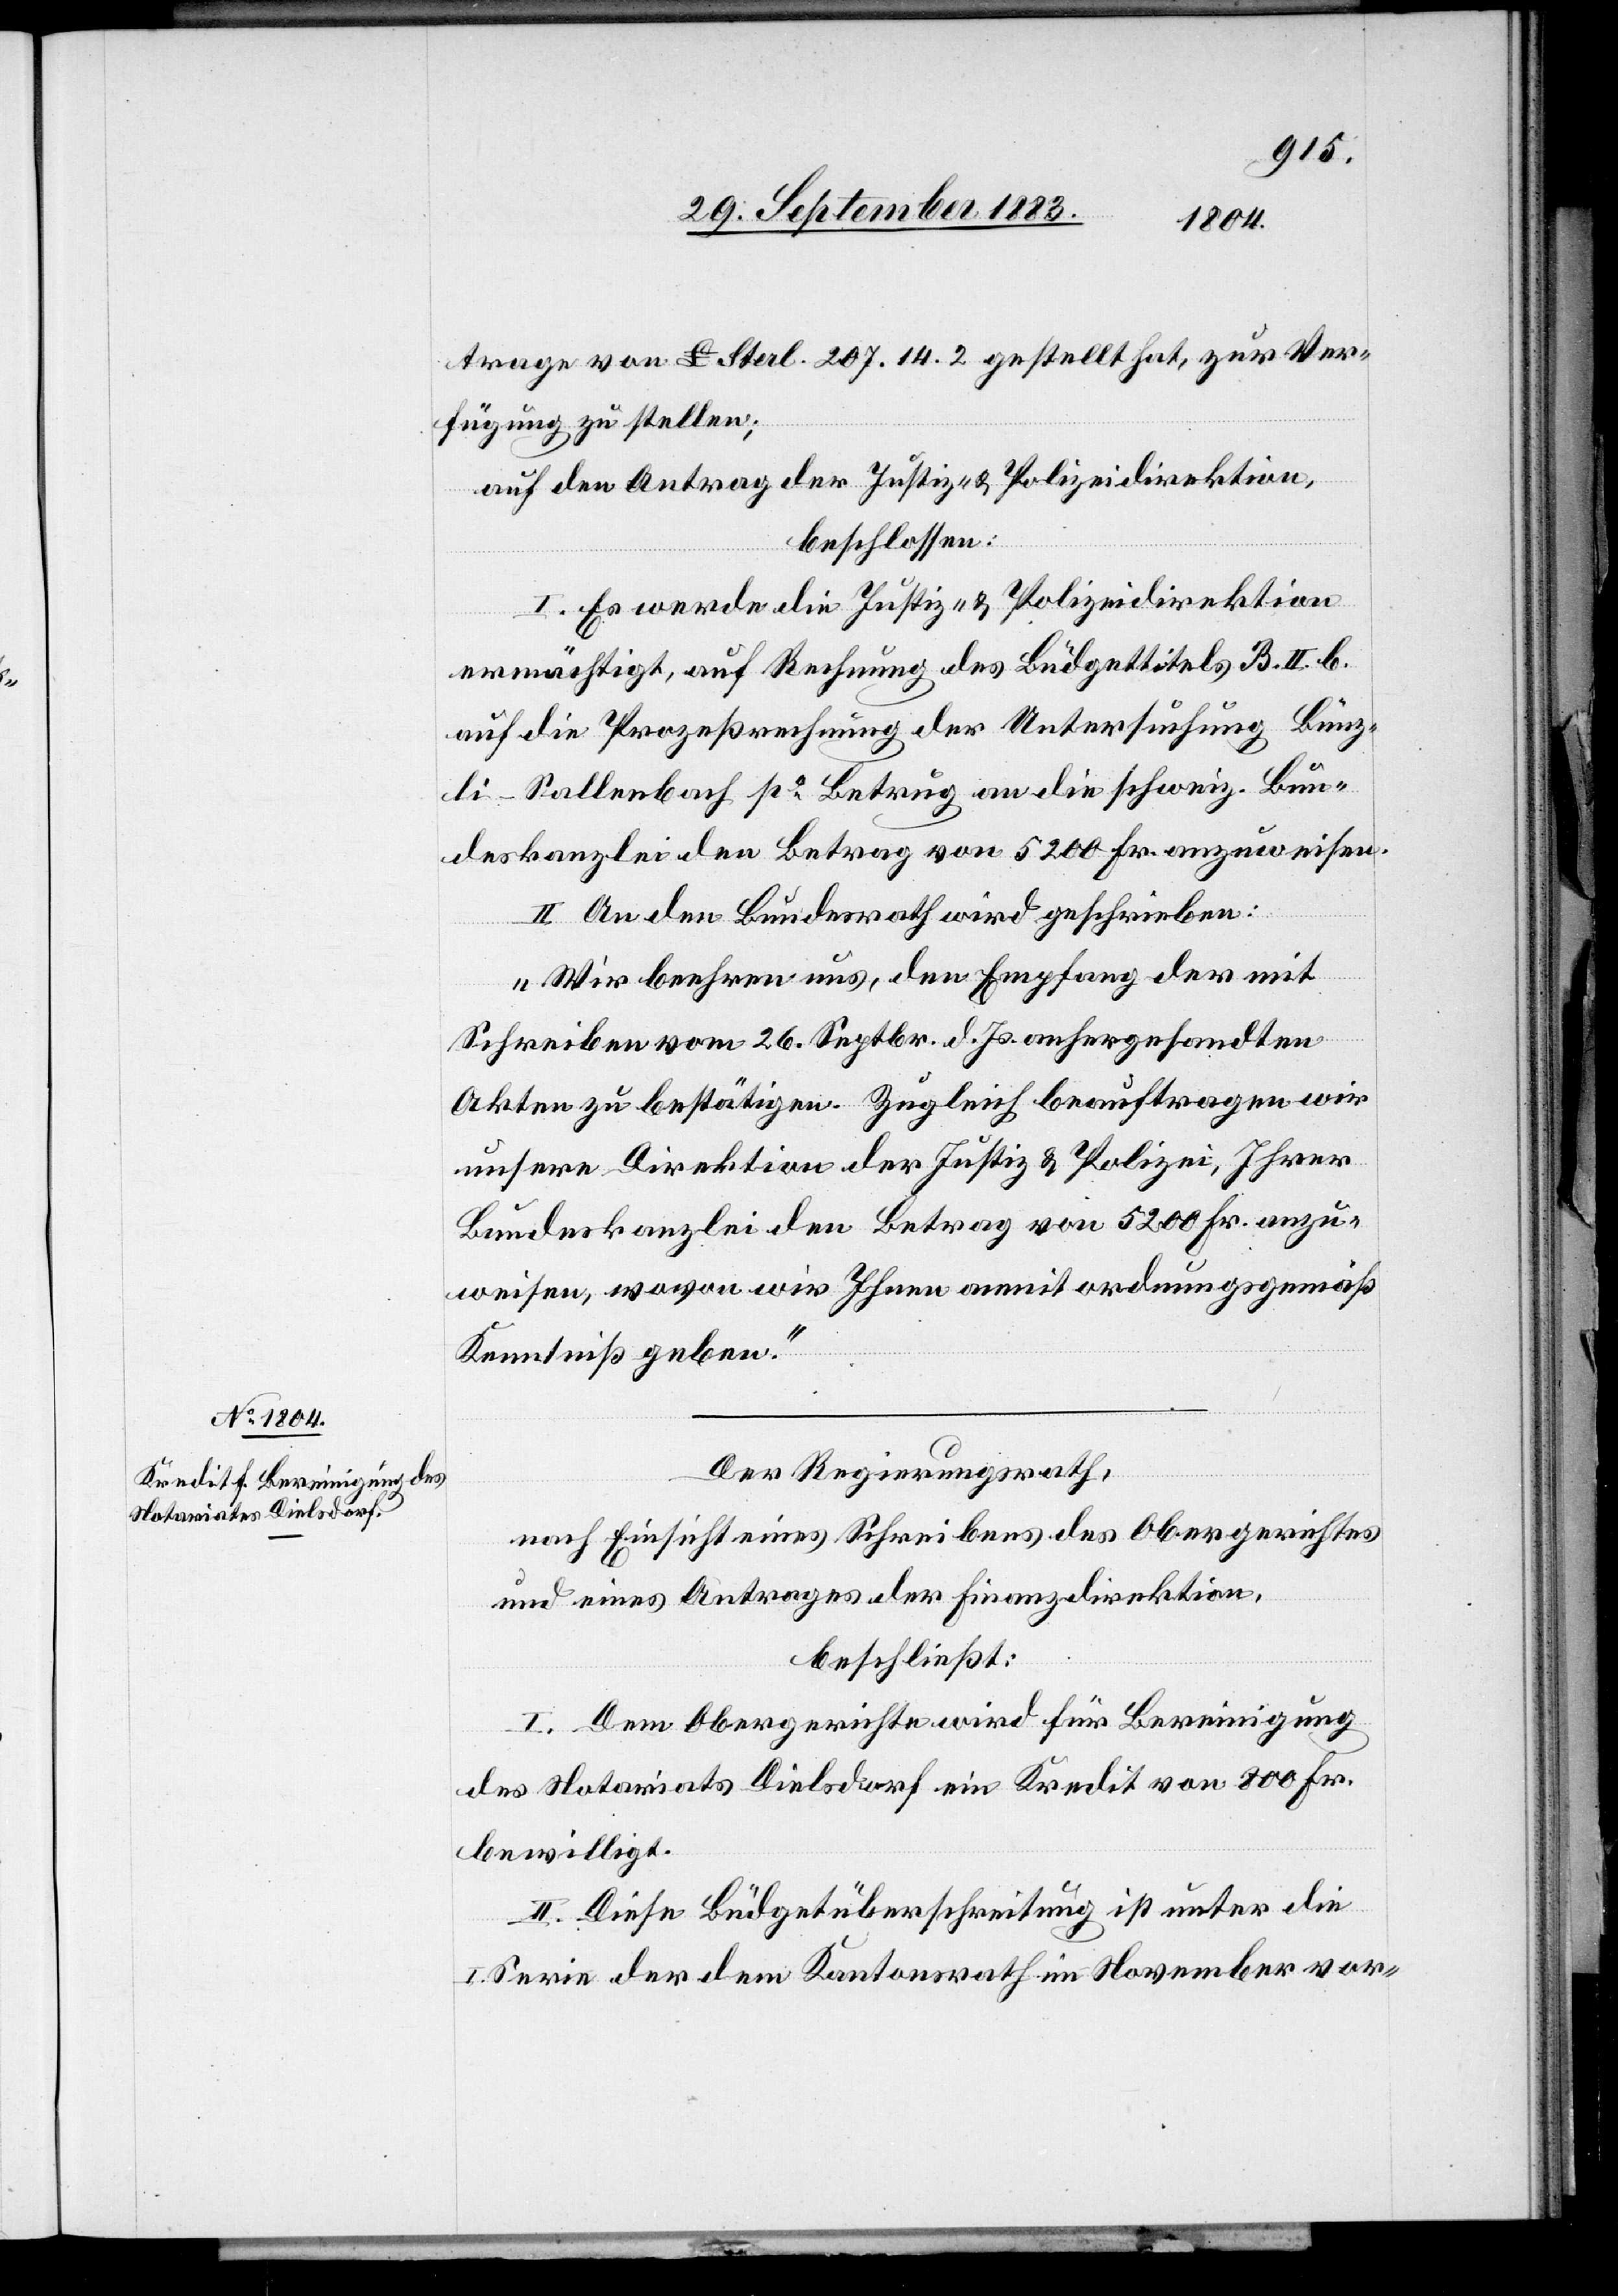
trage von £ Sterl. 207.14.2 gestellt hat, zur Ver¬
fügung zu stellen;
auf den Antrag der Justiz- & Polizeidirektion,
beschlossen:
I. Es werde die Justiz- & Polizeidirektion
ermächtigt, auf Rechnung des Büdgettitels B. II. b.
auf die Prozeßrechnung der Untersuchung Bünz¬
li-Sallenbach po Betrug an die schweiz. Bun¬
deskanzlei den Betrag von 5200 Fr. anzuweisen.
II. An den Bundesrath wird geschrieben:
„Wir beehren uns, den Empfang der mit
Schreiben vom 26. Septbr. d. Js. anhergesandten
Akten zu bestätigen, zugleich beauftragen wir
unsere Direktion der Justiz & Polizei, Ihrer
Bundeskanzlei den Betrag von 5200 Fr. anzu¬
weisen, wovon wir Ihnen anmit ordnungsgemäß
Kenntniß geben.“
Der Regierungsrath,
nach Einsicht eines Schreibens des Obergerichtes
und eines Antrages der Finanzdirektion,
beschließt:
I. Dem Obergerichte wird für Bereinigung
des Notariates Dielsdorf ein Kredit von 800 Fr.
bewilligt.
II. Diese Büdgetüberschreitung ist unter die
I. Serie der dem Kantonsrath im November vor-